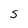
Character: 5